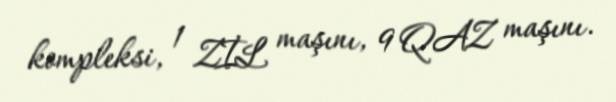
kompleksi, 1 ZİL maşını, 9 QAZ maşını.